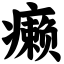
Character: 癞